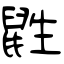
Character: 鼪